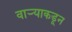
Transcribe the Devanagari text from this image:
वाऱ्याकडून